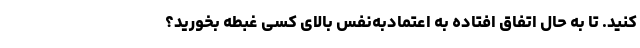
کنید. تا به حال اتفاق افتاده به اعتماد‌‌به‌‌نفس بالای کسی غبطه بخورید؟